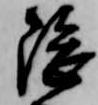
隈